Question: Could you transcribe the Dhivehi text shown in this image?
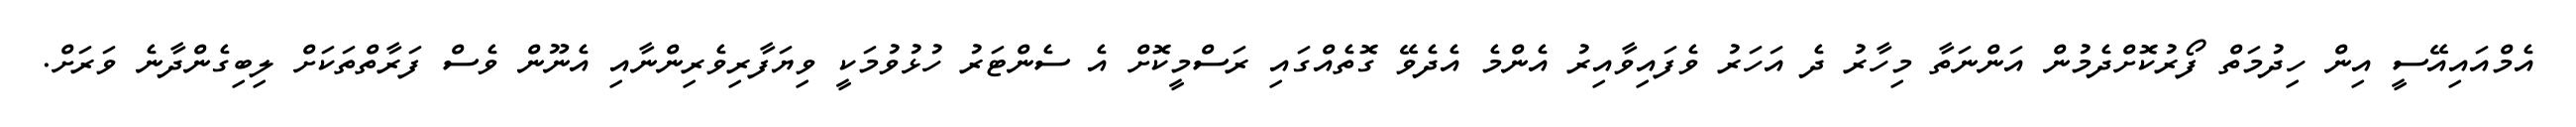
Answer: އެމްއައިއޭސީ އިން ހިދުމަތް ފޯރުކޮށްދެމުން އަންނަތާ މިހާރު ދެ އަހަރު ވެފައިވާއިރު އެންމެ އެދެވޭ ގޮތެއްގައި ރަސްމީކޮށް އެ ސެންޓަރު ހުޅުވުމަކީ ވިޔަފާރިވެރިންނާއި އެނޫން ވެސް ފަރާތްތަކަށް ލިބިގެންދާނެ ވަރަށް.